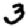
Digit: 3